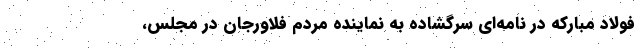
فولاد مبارکه در نامه‌ای سرگشاده به نماینده مردم فلاورجان در مجلس،